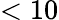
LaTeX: <10